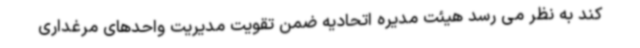
کند به نظر می رسد هیئت مدیره اتحادیه ضمن تقویت مدیریت واحدهای مرغداری